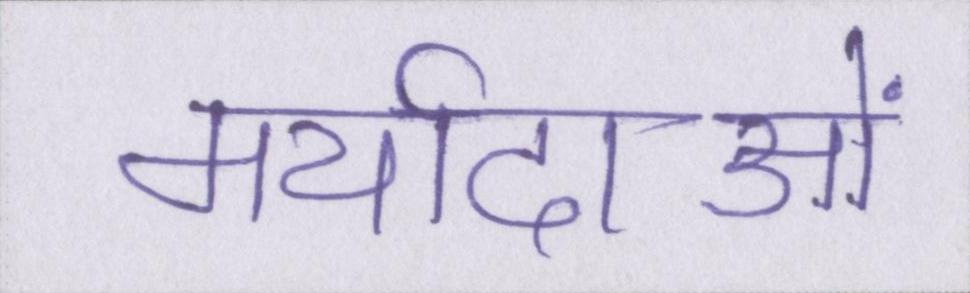
मर्यादाओं